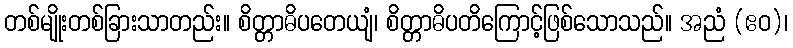
တစ်မျိုးတစ်ခြားသာတည်း။ စိတ္တာဓိပတေယျံ၊ စိတ္တာဓိပတိကြောင့်ဖြစ်သောသည်။ အညံ (ဧဝ)၊